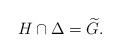
\begin{align*}H\cap \Delta=\widetilde{G}.\end{align*}